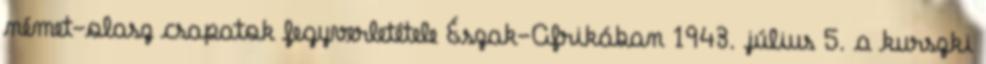
német-olasz csapatok fegyverletétele Észak-Afrikában 1943. július 5. a kurszki